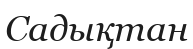
Садықтан